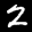
Label: 2